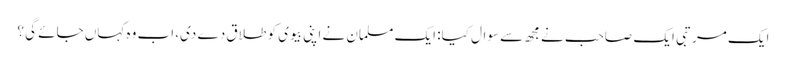
ایک مرتبی ایک صاحب نے مجھ سے سوال کیا: ایک مسلمان نے اپنی بیوی کو طلاق دے دی، اب وہ کہاں جائے گی ؟